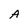
Character: A